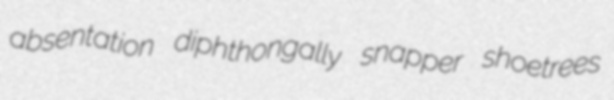
absentation diphthongally snapper shoetrees